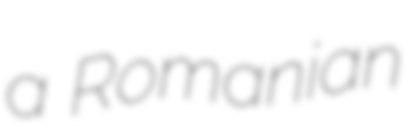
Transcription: a Romanian